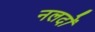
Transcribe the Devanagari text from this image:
नलदों